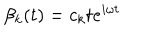
\beta _ { k } ( t ) = c _ { k } t e ^ { i \omega t }